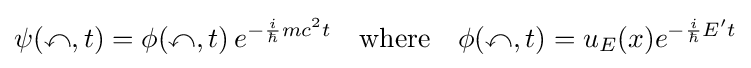
\psi (\mathbb {x} ,t)=\phi (\mathbb {x} ,t)\,e^{-{\frac {i}{\hbar }}mc^{2}t}\quad {\textrm {where}}\quad \phi (\mathbb {x} ,t)=u_{E}(x)e^{-{\frac {i}{\hbar }}E't}